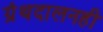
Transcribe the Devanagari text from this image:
ग्रंथदालनही